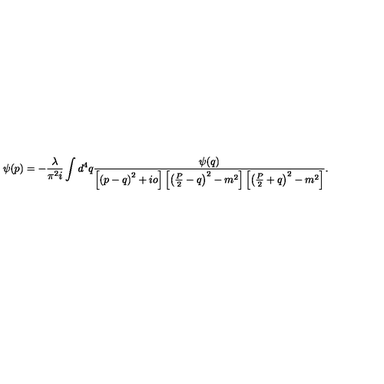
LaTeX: \psi ( p ) = - \frac { \lambda } { \pi ^ { 2 } i } \int d ^ { 4 } q \frac { \psi ( q ) } { \left[ \left( p - q \right) ^ { 2 } + i o \right] \left[ \left( \frac { P } { 2 } - q \right) ^ { 2 } - m ^ { 2 } \right] \left[ \left( \frac { P } { 2 } + q \right) ^ { 2 } - m ^ { 2 } \right] } .